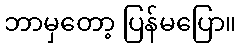
ဘာမှတော့ ပြန်မပြော။